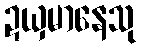
ဍယှမာနေသု